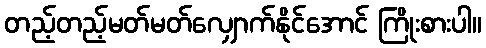
တည့်တည့်မတ်မတ်လျှောက်နိုင်အောင် ကြိုးစားပါ။